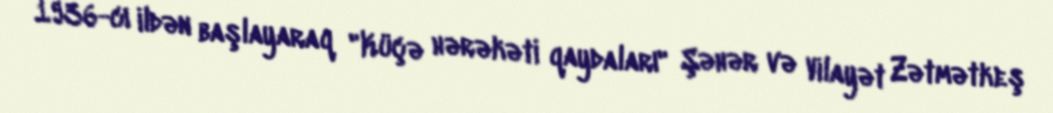
1936-cı ildən başlayaraq "Küçə hərəkəti qaydaları" Şəhər və Vilayət Zətmətkeş